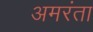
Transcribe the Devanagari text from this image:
अमरंता